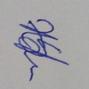
Signature authenticity: genuine